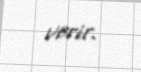
verir.